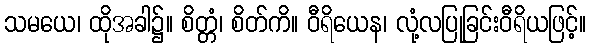
သမယေ၊ ထိုအခါ၌။ စိတ္တံ၊ စိတ်ကိ။ ဝီရိယေန၊ လုံ့လပြုခြင်းဝီရိယဖြင့်။